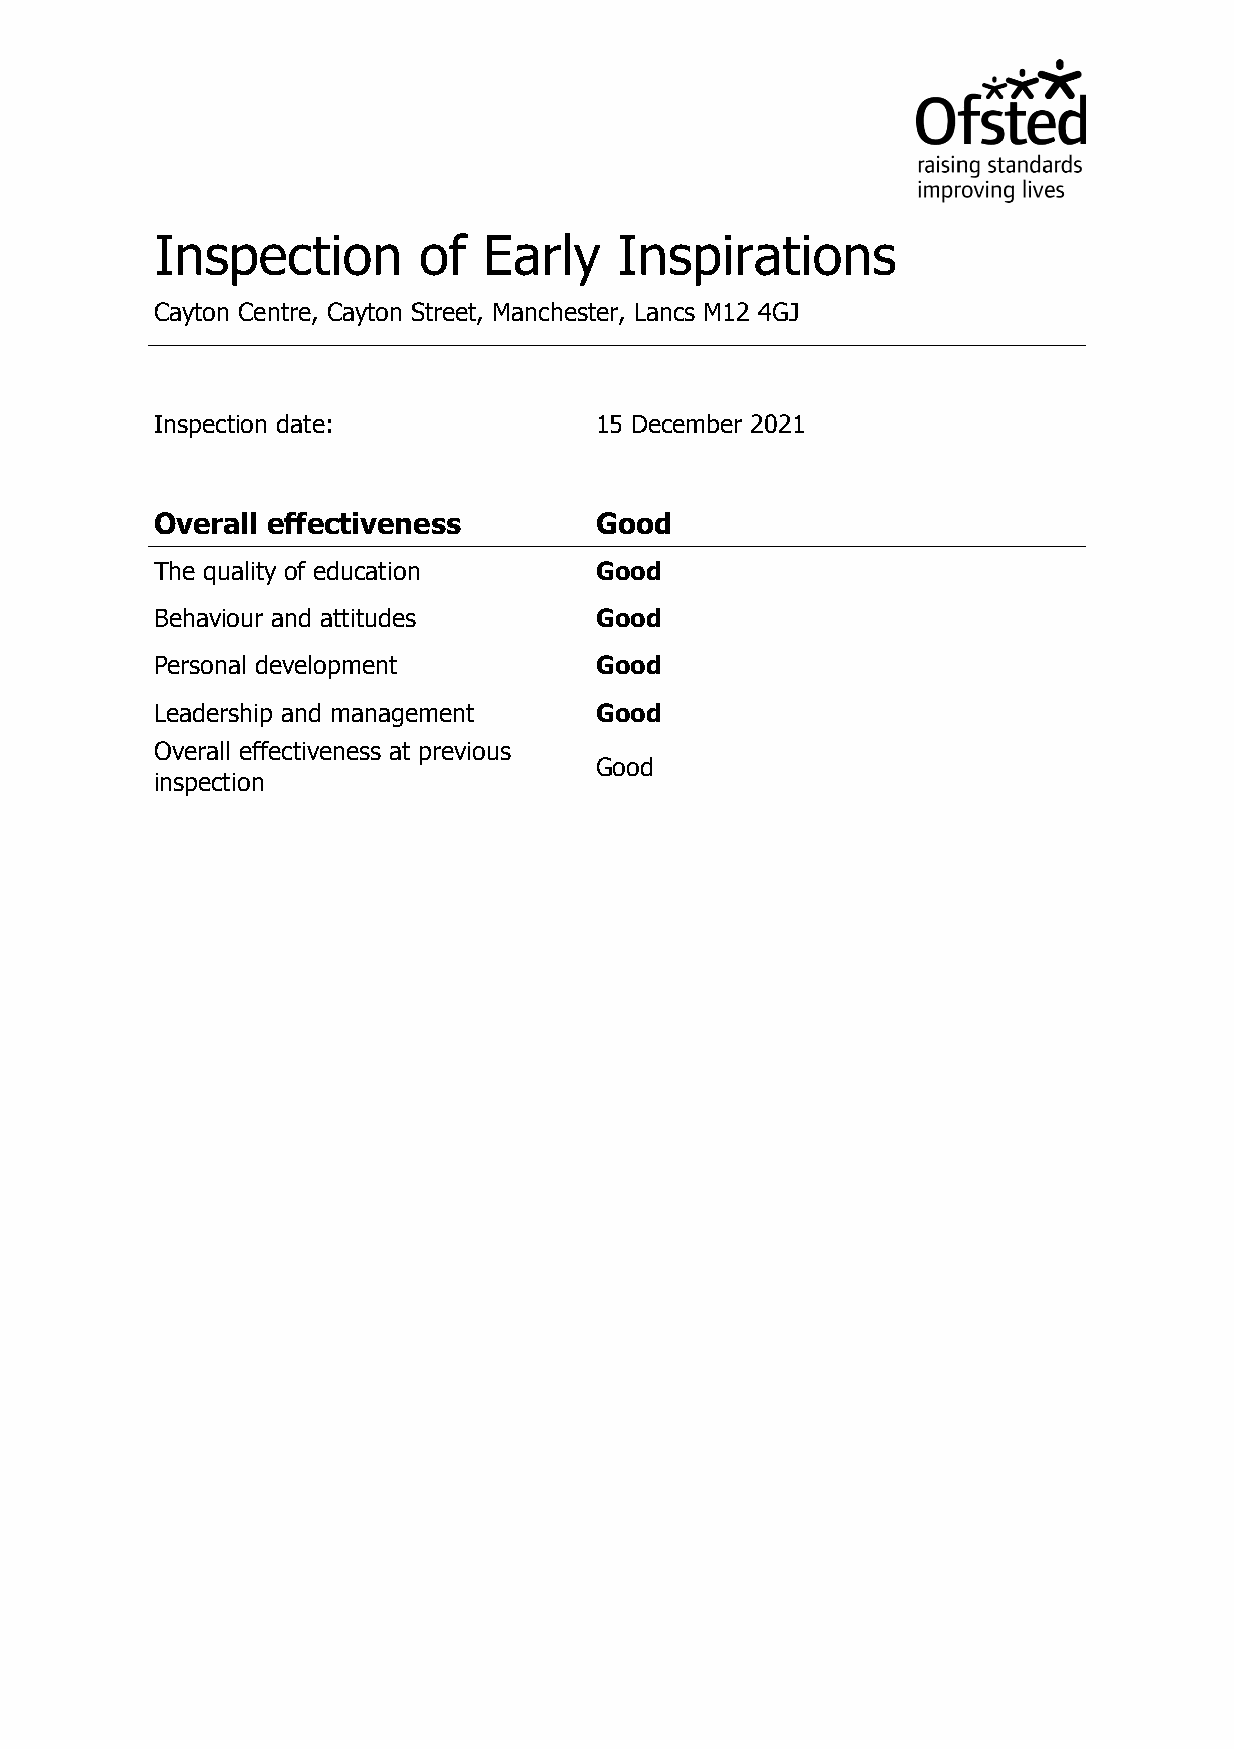
Inspection        of  Early    Inspirations
 Cayton Centre, Cayton Street, Manchester, Lancs M12 4GJ
 Inspection date:             15 December 2021
 Overall effectiveness        Good
 The quality of education     Good
 Behaviour and attitudes      Good
 Personal development         Good
 Leadership and management    Good
 Overall effectiveness at previous
 Good
 inspection